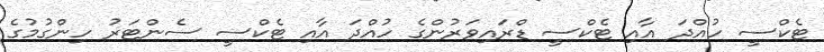
ޓެކްސީ ހުއްދަ އާއި ޓެކްސީ ޑްރައިވަރުންގެ ހުއްދަ އާއި ޓެކްސީ ސެންޓަރު ހިންގުމުގެ